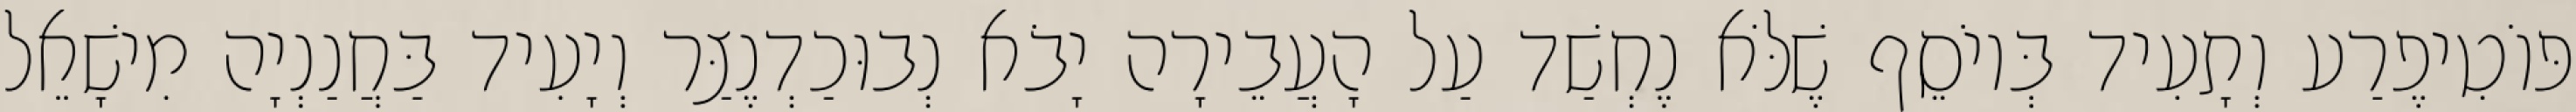
פּוֹטִיפֶרַע וְתָעִיד בְּיוֹסֵף שֶׁלֹּא נֶחְשַׁד עַל הָעֲבֵירָה יָבֹא נְבוּכַדְנֶצַּר וְיָעִיד בַּחֲנַנְיָה מִישָׁאֵל